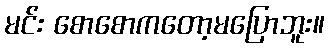
မင်း စောစောကတော့မပြောဘူး။